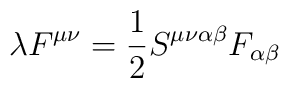
\lambda F^{\mu\nu}=\frac{1}{2}S^{\mu\nu\alpha\beta}F_{\alpha\beta}